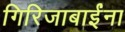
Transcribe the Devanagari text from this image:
गिरिजाबाईंना